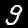
Label: 9